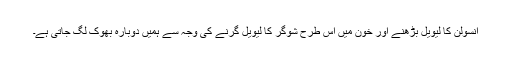
انسولن کا لیویل بڑھنے اور خون میں اس طرح شوگر کا لیویل گرنے کی وجہ سے ہمیں دوبارہ بھوک لگ جاتی ہے۔